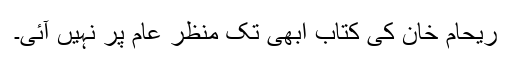
ریحام خان کی کتاب ابھی تک منظر عام پر نہیں آئی۔